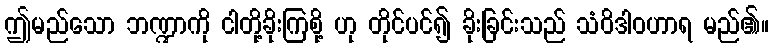
ဤမည်သော ဘဏ္ဍာကို ငါတို့ခိုးကြစို့ ဟု တိုင်ပင်၍ ခိုးခြင်းသည် သံဝိဒါဝဟာရ မည်၏။